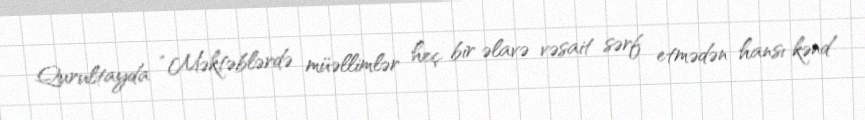
Qurultayda “Məktəblərdə müəllimlər heç bir əlavə vəsait sərf etmədən hansı kənd